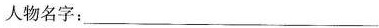
人物名字：___